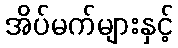
အိပ်မက်များနှင့်